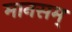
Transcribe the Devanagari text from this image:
मानसम्